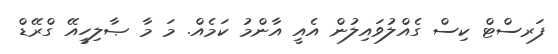
ފަރސްޓް ކިސް ގެއްލުވައިލުން އެއީ އާންމު ކަމެއް. މަ މާ ޞާލިހީއޭ ގްރޭޑް